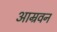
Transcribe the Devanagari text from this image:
आम्रवन